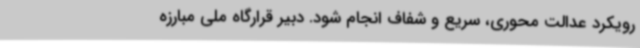
رویکرد عدالت محوری، سریع و شفاف انجام شود. دبیر قرارگاه ملی مبارزه